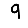
Digit: 9